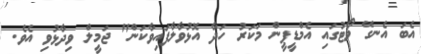
އެބަ އެނގޭ ވޯޓުގައި އެމްޑީޕީން މަކަރު ހަދާ އޮޅުވާލާފައިވާކަން" ޖަމީލް ވިދާޅުވި އެވެ.